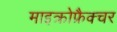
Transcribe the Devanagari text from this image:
माइक्रोफ्रैक्चर